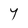
Character: Y